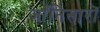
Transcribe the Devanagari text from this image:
जाँनिसारों